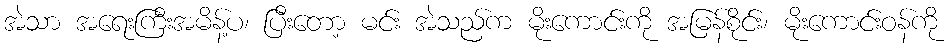
အဲသာ အရေးကြီးအမိန့်ပ၊ ပြီးတော့ မင်း အဲသည်က မိုးကောင်းကို အမြန်စိုင်း၊ မိုးကောင်းဝန်ကို